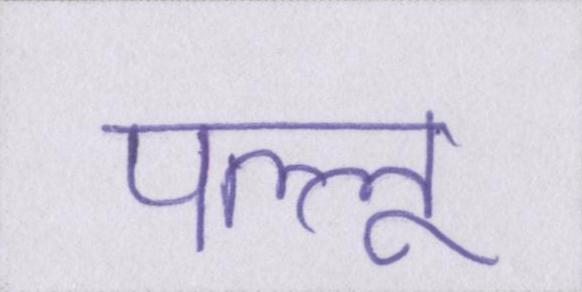
पल्लू